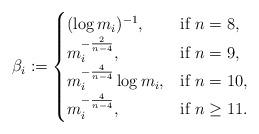
LaTeX: \begin{align*}\beta_i:=\begin{cases} (\log m_i)^{-1},& \mbox{if }n=8,\\m_i^{-\frac{2}{n-4}}, &\mbox{if }n=9,\\m_i^{-\frac{4}{n-4}}\log m_i, &\mbox{if }n=10,\\m_i^{-\frac{4}{n-4}}, &\mbox{if }n\ge 11.\end{cases}\end{align*}